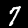
Label: 7